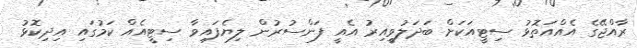
ރާއްޖޭގެ އެއްއަތޮޅު ސިޓީއަކަށް ބަދަލުވީއިރު އެއީ ފަންސުރުން ލިޔެފައިވާ ސިޓީއެއް ކަމުގައި އިދިކޮޅު